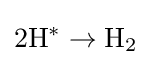
2\mathrm {H} ^{*}\rightarrow \mathrm {H} _{2}